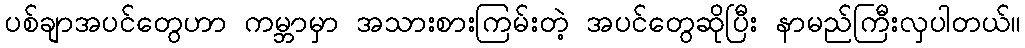
ပစ်ချာအပင်တွေဟာ ကမ္ဘာမှာ အသားစားကြမ်းတဲ့ အပင်တွေဆိုပြီး နာမည်ကြီးလှပါတယ်။